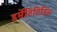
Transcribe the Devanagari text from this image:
डर्मेटिटिडिस